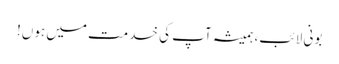
بونی لائب، ہمیشہ آپ کی خدمت میں ہوں!